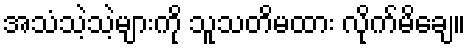
အသံသဲ့သဲ့များကို သူသတိမထား လိုက်မိချေ။